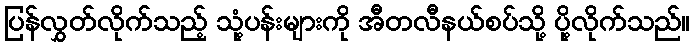
ပြန်လွှတ်လိုက်သည့် သုံ့ပန်းများကို အီတလီနယ်စပ်သို့ ပို့လိုက်သည်။